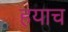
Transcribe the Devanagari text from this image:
हयाच